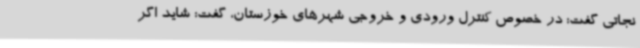
نجاتی گفت: در خصوص کنترل ورودی و خروجی شهرهای خوزستان، گفت: شاید اگر